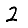
Digit: 2